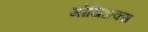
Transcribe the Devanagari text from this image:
मोंथिअक्स